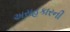
અસહકારની